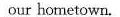
our hometown.